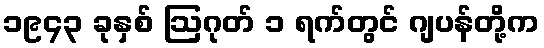
၁၉၄၃ ခုနှစ် ဩဂုတ် ၁ ရက်တွင် ဂျပန်တို့က